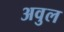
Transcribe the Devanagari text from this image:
अवुल